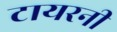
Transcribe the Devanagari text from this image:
टायरनी